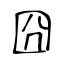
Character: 囧